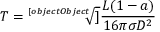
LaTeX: T = { \sqrt [ [object Object] ] { \frac { L ( 1 - a ) } { 1 6 \pi \sigma D ^ { 2 } } } }